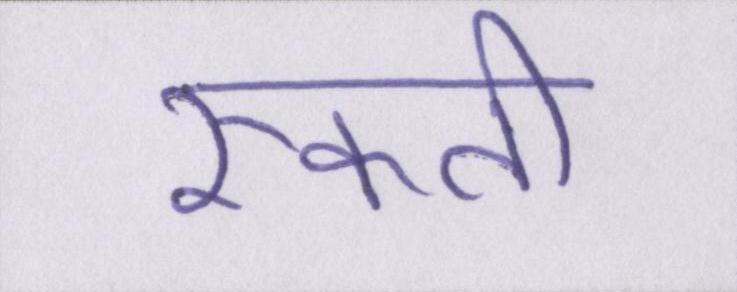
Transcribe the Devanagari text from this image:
रुकती